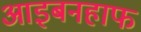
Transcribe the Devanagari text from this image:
आइबनहाफ